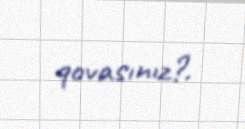
qovasınız?.